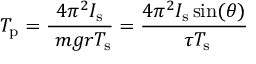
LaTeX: T _ { \mathrm { p } } = { \frac { 4 \pi ^ { 2 } I _ { \mathrm { s } } } { \ m g r T _ { \mathrm { s } } } } = { \frac { 4 \pi ^ { 2 } I _ { \mathrm { s } } \sin ( \theta ) } { \ \tau T _ { \mathrm { s } } } }